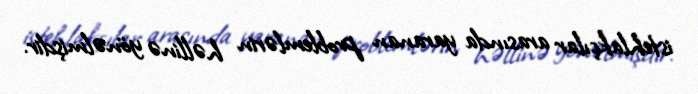
istehlakçılar arasında yaranan problemlərin həllinə yönəlmişdir.